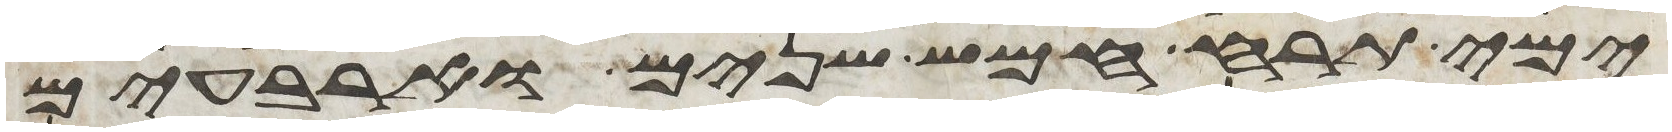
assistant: ימי תרח חמש שנים וארבעים